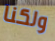
ولكنا